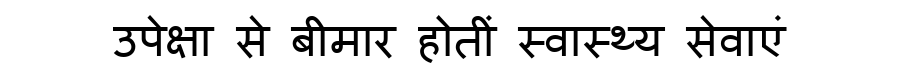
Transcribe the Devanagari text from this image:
उपेक्षा से बीमार होतीं स्वास्थ्य सेवाएं